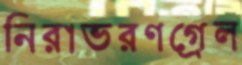
নিরাভরণগ্রেল